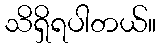
သိရှိရပါတယ်။